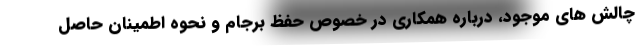
چالش های موجود، درباره همکاری در خصوص حفظ برجام و نحوه اطمینان حاصل